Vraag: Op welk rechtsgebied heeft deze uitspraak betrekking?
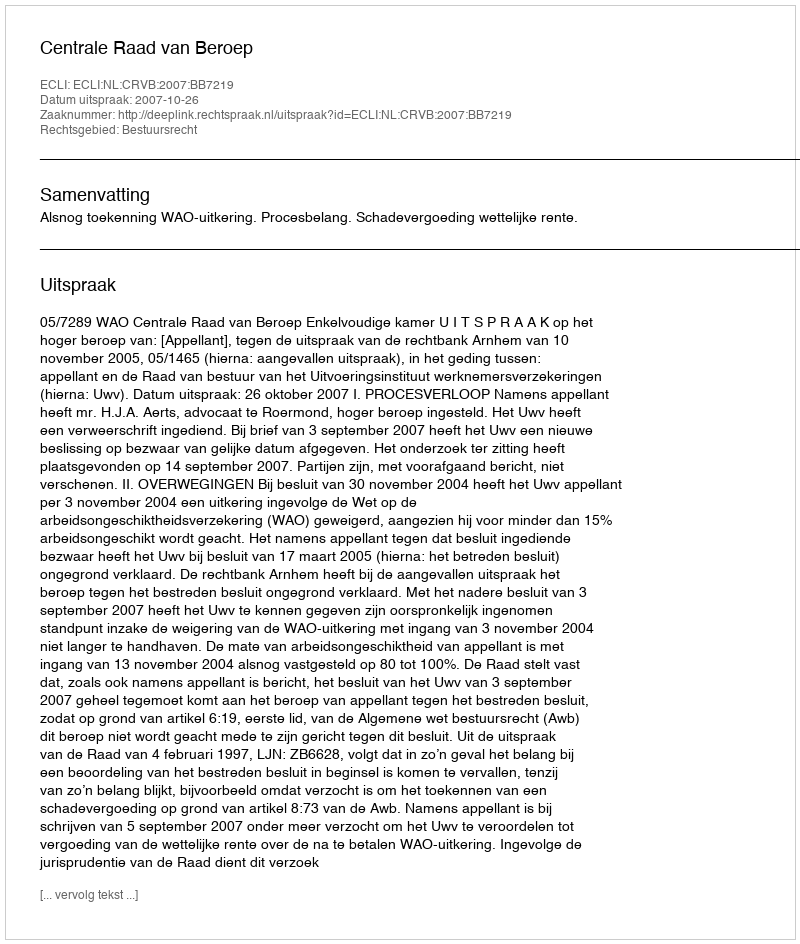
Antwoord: Bestuursrecht